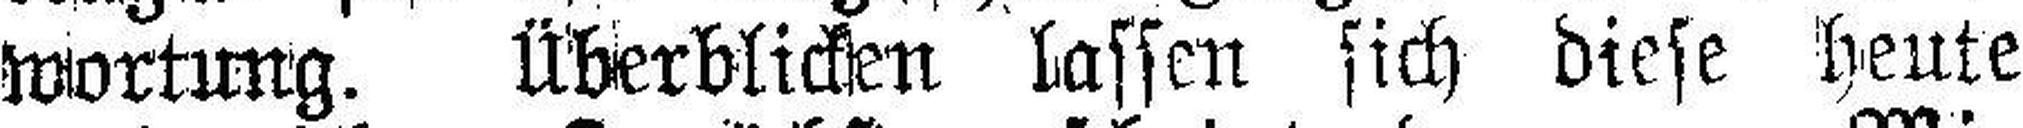
wortung. Überblicken lassen sich diese heute